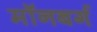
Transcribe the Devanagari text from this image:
मॉनबर्ग